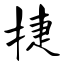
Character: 捷